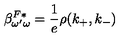
\beta _ { \omega ^ { \prime } \omega } ^ { F * } = \frac 1 e \rho ( k _ { + } , k _ { - } )